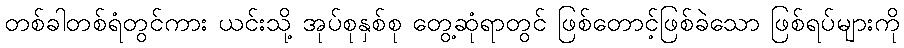
တစ်ခါတစ်ရံတွင်ကား ယင်းသို့ အုပ်စုနှစ်စု တွေ့ဆုံရာတွင် ဖြစ်တောင့်ဖြစ်ခဲသော ဖြစ်ရပ်များကို